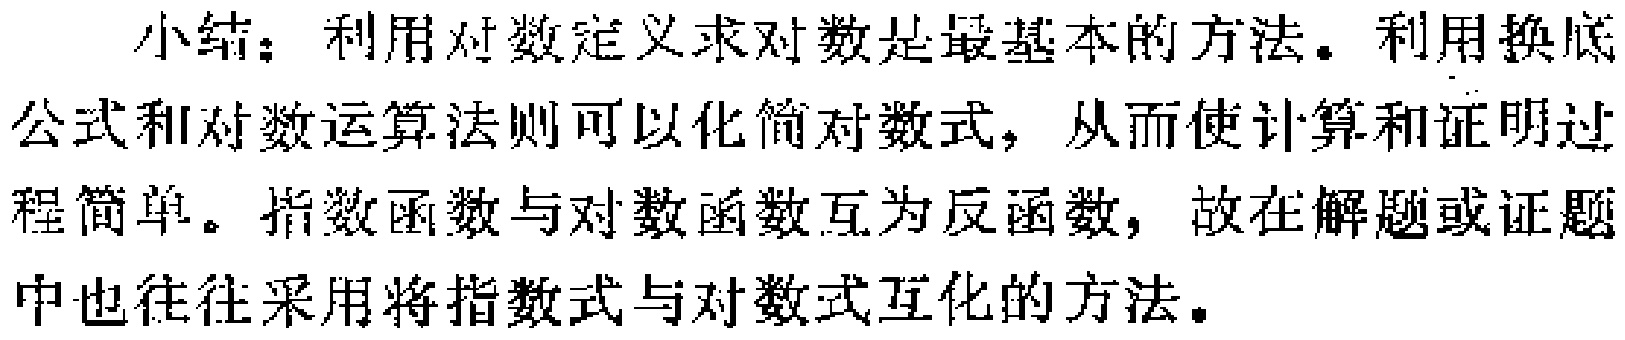
小结：利用对数定义求对数是最基本的方法。利用换底公式和对数运算法则可以化简对数式，从而使计算和证明过程简单。指数函数与对数函数互为反函数，故在解题或证题中也往往采用将指数式与对数式互化的方法。